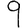
Digit: 9